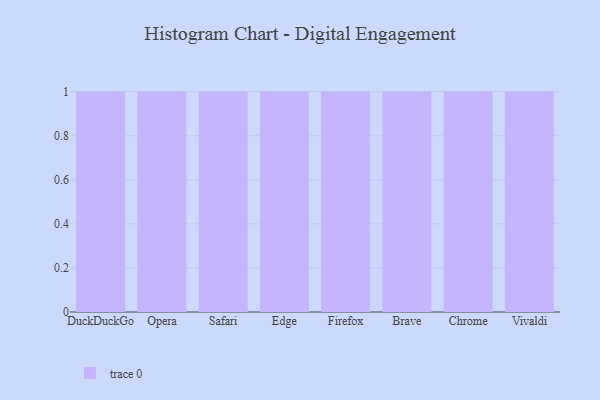
{"axis": {"x": "Browser", "y": "Tickets Resolved"}, "legend": [""], "data": [{"x": "DuckDuckGo", "y": 58, "type": ""}, {"x": "Opera", "y": 55, "type": ""}, {"x": "Safari", "y": 42, "type": ""}, {"x": "Edge", "y": 80, "type": ""}, {"x": "Firefox", "y": 100, "type": ""}, {"x": "Brave", "y": 90, "type": ""}, {"x": "Chrome", "y": 90, "type": ""}, {"x": "Vivaldi", "y": 58, "type": ""}]}